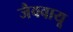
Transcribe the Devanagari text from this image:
जैववायू